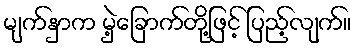
မျက်နှာက မှဲ့ခြောက်တို့ဖြင့် ပြည့်လျက်။